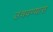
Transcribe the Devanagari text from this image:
उंचवण्यास